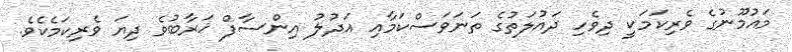
މައުމޫނުގެ ވެރިކަމަކީ ދިވެހި ދައުލަތުގެ ތަނަވަސްކަމާއި އަދުލު އިންސާފް ޚަރާބުވެ ދިޔަ ވެރިކަމެކެވެ.